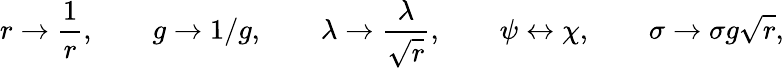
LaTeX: r\rightarrow\frac{1}{r},\qquad g\rightarrow 1/g,\qquad\lambda\rightarrow\frac{\lambda}{\sqrt{r}},\qquad\psi\leftrightarrow\chi,\qquad\sigma\rightarrow\sigma g\sqrt{r},